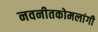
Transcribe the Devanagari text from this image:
नवनीतकोमलांगी